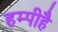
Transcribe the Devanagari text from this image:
हम्पीहै